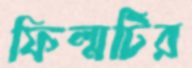
ফিল্মটির